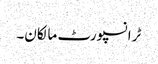
ٹرانسپورٹ مالکان۔